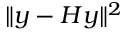
\| y - H y \| ^ { 2 }